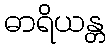
ဓာရိယန္တ